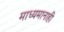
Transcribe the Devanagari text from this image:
माध्यमानाही